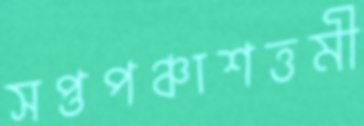
সপ্তপঞ্চাশত্তমী